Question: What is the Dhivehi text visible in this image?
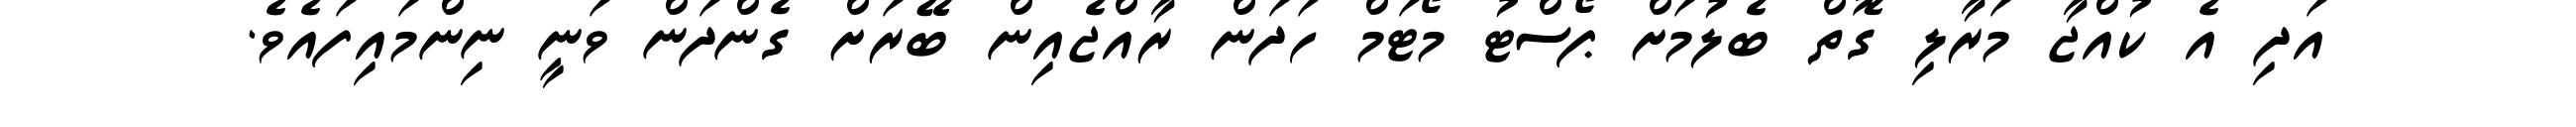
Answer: އަދި އެ ކުއްޖާ މަރާލި ގޮތް ބެލުމަށް ޕޯސްޓު މޯޓަމް ހަދަން ރާއްޖެއިން ބޭރަށް ގެންދަން ވަނީ ނިންމައިފައެވެ.